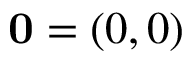
\mathbf { 0 } = ( 0 , 0 )